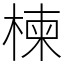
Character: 楝